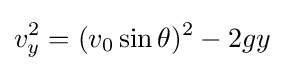
v_{y}^{2}=(v_{0}\sin \theta )^{2}-2gy